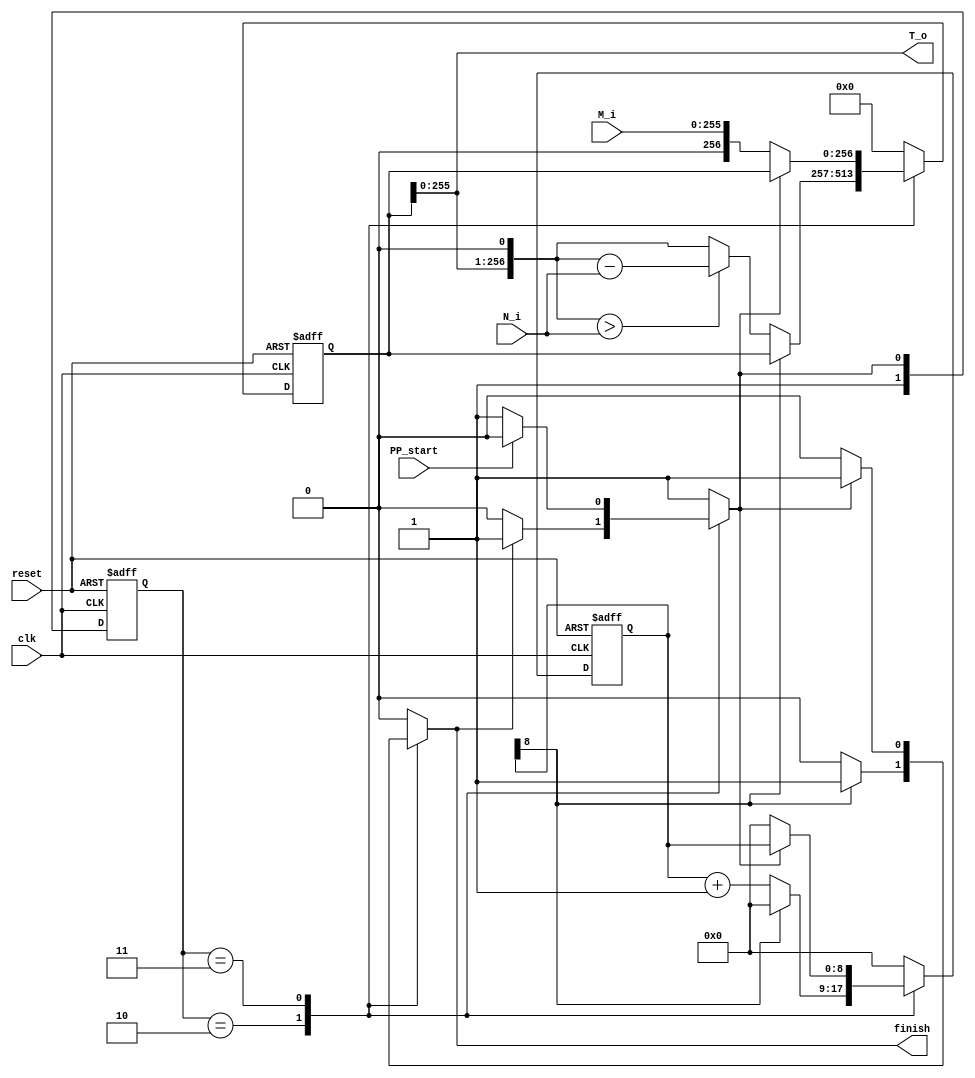
`timescale 1ns/1ps
module PreProcess_CLK (
    //input
    clk,
    PP_start,
    reset,
    N_i,
    M_i,
    //output
    T_o,
    finish
);
    
    //input & output variables
    input  clk;
    input  PP_start, reset;
    input  [255:0] N_i, M_i;
    output reg         finish;
    output    [255:0] T_o;

    //reg    [256:0] temp,
    //               next_temp;
    reg    [256:0] temp;
    reg    [256:0] next_temp;
    reg            next_finish;
    reg    [1:0]  PP_ST,
                  next_PP_ST;
    //reg [255:0] next_T_o;

    //counter variables
    reg [8:0] i,
              next_i;

    //parameter PP_ST_0 = 2'b00;
    parameter PP_ST_1 = 2'b10;
    parameter PP_ST_2 = 2'b11;

    //combinational part
    assign T_o = temp;
    // state machine
    always@(*) begin
        case(PP_ST)
        /*PP_ST_0: begin  // PP_CLK is in stand-by mode (triggered by reset signal)
            if(PP_start == 1'b1) begin
                next_PP_ST = PP_ST_1;
            end
            else
                next_PP_ST = PP_ST_0;
        end*/
        PP_ST_1: begin // PP_CLK is under calculating...
            if( finish != 1'b1) begin
                next_PP_ST = PP_ST_1;
            end
            else
                next_PP_ST = PP_ST_2;
        end
        PP_ST_2: begin // PP_CLK finished calaculating
            if(PP_start == 1'b1) begin
                next_PP_ST = PP_ST_1;
            end
            else
                next_PP_ST = PP_ST_2; //wait for LSB_ME to give out the next start cmd..
        end
        default: next_PP_ST = PP_ST_2;
        endcase
    end



    always@(*) begin
        finish = 1'b0;
        next_temp = 257'b0;
        //next_T_o  = 256'b0;
        next_i    = 9'b0;
        case(PP_ST) 
        /*PP_ST_0: begin
            if( next_PP_ST == PP_ST_1 ) begin
                finish      = 1'b0;
                next_i      = 9'b0;
                next_temp   = M_i;
                next_T_o    = T_o;
            end
        end*/
        PP_ST_1: begin

            if ( i[8] != 1'd1 ) begin
                finish      = 1'b0;
                next_i      = i + 9'b1;
                //CALCULATION : temp = temp*2 % N
                next_temp   = ((temp<<1) > N_i)? (temp<<1)-N_i: temp<<1;
                //next_T_o    = T_o;
            end
            else begin
                finish      = 1'b1;
                next_i      = 9'b0;
                next_temp   = temp;
                //next_T_o    = temp;
            end
        end
        PP_ST_2: begin
            if( next_PP_ST == PP_ST_1 ) begin
                finish      = 1'b0;
                next_i      = 9'b0;
                next_temp   = M_i;
                //next_T_o    = T_o;
            end
            else begin /*TO CHECK*/
                finish     = 1'b1;
                next_temp  = temp;
                //next_T_o   = T_o;
                next_i     = i;
            end
        end
        endcase
    end

    //sequential part
    always@(posedge clk or posedge reset ) begin

        if(reset) begin
            i      <= 9'd0;
            //T_o    <= 256'd0;
            temp   <= 257'd0;
            PP_ST  <= PP_ST_2;
        end
        else begin
            i      <= next_i;
            temp   <= next_temp;
            //T_o    <= next_T_o;
            PP_ST  <= next_PP_ST;
        end
    end

endmodule